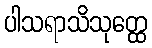
ပါသရာသိသုတ္ထေ